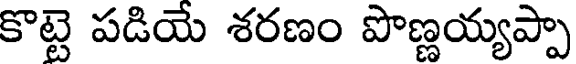
కొట్టె పడియే శరణం పొణ్ణయ్యప్పా